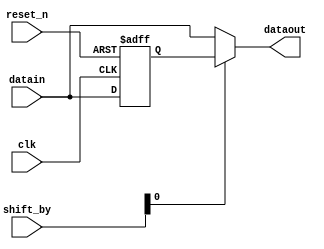
module MebX_Qsys_Project_m2_ddr2_memory_p0_fr_cycle_shifter(
	clk,
	reset_n,
	shift_by,
	datain,
	dataout
);

// ******************************************************************************************************************************** 
// BEGIN PARAMETER SECTION
// All parameters default to "" will have their values passed in from higher level wrapper with the controller and driver 

parameter DATA_WIDTH = ""; 
parameter REG_POST_RESET_HIGH = "false";

localparam RATE_MULT = 2;
localparam FULL_DATA_WIDTH = DATA_WIDTH*RATE_MULT;

// END PARAMETER SECTION
// ******************************************************************************************************************************** 

input	clk;
input	reset_n;
input	[1:0] shift_by; 
input	[FULL_DATA_WIDTH-1:0] datain;
output	[FULL_DATA_WIDTH-1:0] dataout;


reg [FULL_DATA_WIDTH-1:0] datain_r;
always @(posedge clk or negedge reset_n)
begin
	if (~reset_n) begin
		if (REG_POST_RESET_HIGH == "true")
			datain_r <= {FULL_DATA_WIDTH{1'b1}};
		else
			datain_r <= {FULL_DATA_WIDTH{1'b0}};
	end else begin
		datain_r <= datain;
	end
end

wire [FULL_DATA_WIDTH-1:0] dataout_pre;


wire [DATA_WIDTH-1:0] datain_t0 = datain[(DATA_WIDTH*1)-1:(DATA_WIDTH*0)];
wire [DATA_WIDTH-1:0] datain_t1 = datain[(DATA_WIDTH*2)-1:(DATA_WIDTH*1)];
wire [DATA_WIDTH-1:0] datain_r_t1 = datain_r[(DATA_WIDTH*2)-1:(DATA_WIDTH*1)];

assign dataout = (shift_by[0] == 1'b1) ? {datain_t0, datain_r_t1} : {datain_t1, datain_t0};
	

endmodule